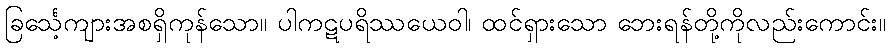
ခြင်္သေ့ကျားအစရှိကုန်သော။ ပါကဋပရိဿယေဝါ၊ ထင်ရှားသော ဘေးရန်တို့ကိုလည်းကောင်း။